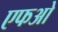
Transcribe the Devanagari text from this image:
एफओ